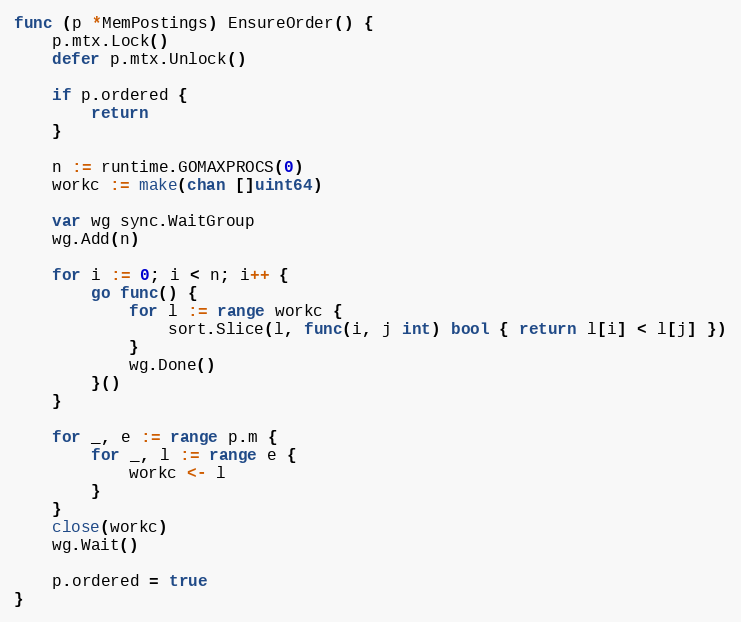
Language: Go
func (p *MemPostings) EnsureOrder() {
	p.mtx.Lock()
	defer p.mtx.Unlock()

	if p.ordered {
		return
	}

	n := runtime.GOMAXPROCS(0)
	workc := make(chan []uint64)

	var wg sync.WaitGroup
	wg.Add(n)

	for i := 0; i < n; i++ {
		go func() {
			for l := range workc {
				sort.Slice(l, func(i, j int) bool { return l[i] < l[j] })
			}
			wg.Done()
		}()
	}

	for _, e := range p.m {
		for _, l := range e {
			workc <- l
		}
	}
	close(workc)
	wg.Wait()

	p.ordered = true
}